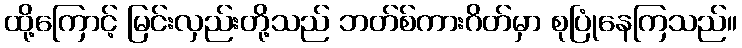
ထို့ကြောင့် မြင်းလှည်းတို့သည် ဘတ်စ်ကားဂိတ်မှာ စုပြုံနေကြသည်။